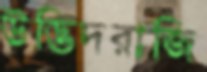
উদ্ভিদরাজি